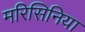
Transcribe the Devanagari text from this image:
मरिसिनिया